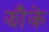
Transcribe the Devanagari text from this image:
झौके